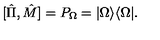
[ \hat { \Pi } , \hat { M } ] = P _ { \Omega } = | \Omega \rangle \langle \Omega | .